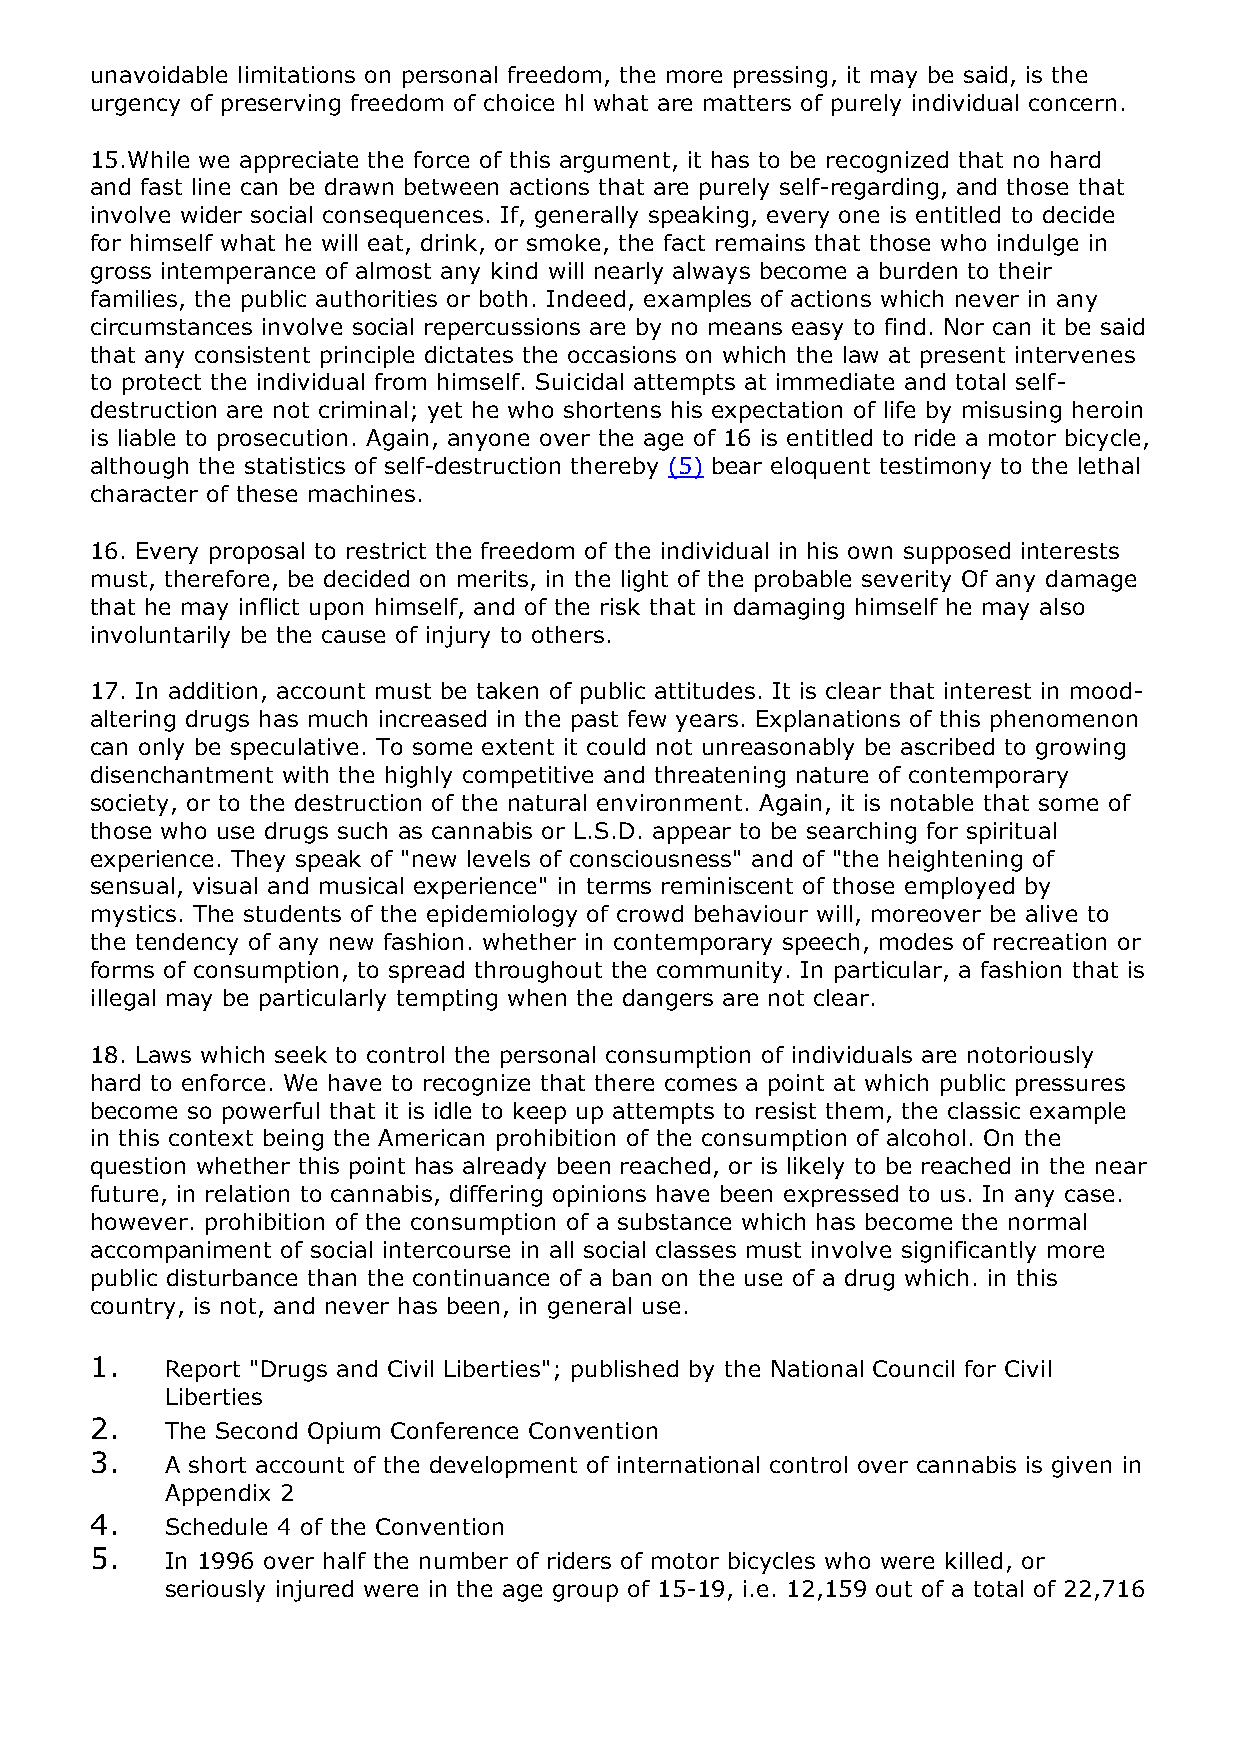
unavoidable limitations on personal freedom, the more pressing, it may be said, is the
 urgency of preserving freedom of choice hl what are matters of purely individual concern.
 15.While we appreciate the force of this argument, it has to be recognized that no hard
 and fast line can be drawn between actions that are purely self-regarding, and those that
 involve wider social consequences. If, generally speaking, every one is entitled to decide
 for himself what he will eat, drink, or smoke, the fact remains that those who indulge in
 gross intemperance of almost any kind will nearly always become a burden to their
 families, the public authorities or both. Indeed, examples of actions which never in any
 circumstances involve social repercussions are by no means easy to find. Nor can it be said
 that any consistent principle dictates the occasions on which the law at present intervenes
 to protect the individual from himself. Suicidal attempts at immediate and total self-
 destruction are not criminal; yet he who shortens his expectation of life by misusing heroin
 is liable to prosecution. Again, anyone over the age of 16 is entitled to ride a motor bicycle,
 although the statistics of self-destruction thereby (5) bear eloquent testimony to the lethal
 character of these machines.
 16. Every proposal to restrict the freedom of the individual in his own supposed interests
 must, therefore, be decided on merits, in the light of the probable severity Of any damage
 that he may inflict upon himself, and of the risk that in damaging himself he may also
 involuntarily be the cause of injury to others.
 17. In addition, account must be taken of public attitudes. It is clear that interest in mood-
 altering drugs has much increased in the past few years. Explanations of this phenomenon
 can only be speculative. To some extent it could not unreasonably be ascribed to growing
 disenchantment with the highly competitive and threatening nature of contemporary
 society, or to the destruction of the natural environment. Again, it is notable that some of
 those who use drugs such as cannabis or L.S.D. appear to be searching for spiritual
 experience. They speak of "new levels of consciousness" and of "the heightening of
 sensual, visual and musical experience" in terms reminiscent of those employed by
 mystics. The students of the epidemiology of crowd behaviour will, moreover be alive to
 the tendency of any new fashion. whether in contemporary speech, modes of recreation or
 forms of consumption, to spread throughout the community. In particular, a fashion that is
 illegal may be particularly tempting when the dangers are not clear.
 18. Laws which seek to control the personal consumption of individuals are notoriously
 hard to enforce. We have to recognize that there comes a point at which public pressures
 become so powerful that it is idle to keep up attempts to resist them, the classic example
 in this context being the American prohibition of the consumption of alcohol. On the
 question whether this point has already been reached, or is likely to be reached in the near
 future, in relation to cannabis, differing opinions have been expressed to us. In any case.
 however. prohibition of the consumption of a substance which has become the normal
 accompaniment of social intercourse in all social classes must involve significantly more
 public disturbance than the continuance of a ban on the use of a drug which. in this
 country, is not, and never has been, in general use.
 1.   Report "Drugs and Civil Liberties"; published by the National Council for Civil
 Liberties
 2.   The Second Opium Conference Convention
 3.   A short account of the development of international control over cannabis is given in
 Appendix 2
 4.   Schedule 4 of the Convention
 5.   In 1996 over half the number of riders of motor bicycles who were killed, or
 seriously injured were in the age group of 15-19, i.e. 12,159 out of a total of 22,716